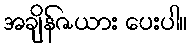
အချိန်ဇယား ပေးပါ။